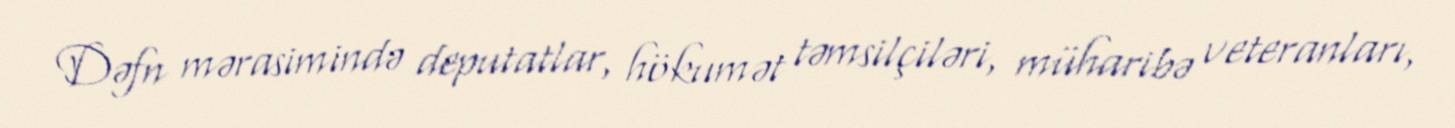
Dəfn mərasimində deputatlar, hökumət təmsilçiləri, müharibə veteranları,